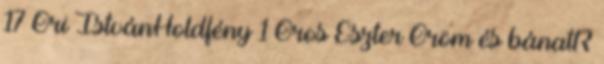
17 Őri IstvánHoldfény 1 Oros Eszter Öröm és bánatR